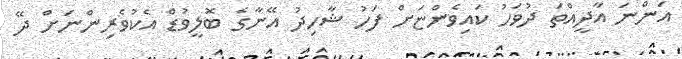
އަންނަ އާދީއްތަ ދުވަހު ކައިވެންޏަށް ފަހު ޝާހިދު އޭނާގެ ބޮލީވުޑް އެކުވެރިންނަށް ދޭ